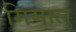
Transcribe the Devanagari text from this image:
गिमालु